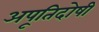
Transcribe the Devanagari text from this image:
अपूतिदोषी